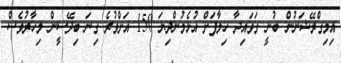
އިމިގްރޭޝަނުން ބުނީ ގަވައިދާ ހިލާފަށް އުޅެމުންދިޔަ 150 އަށްވުރެ ގިނަ ބިދޭސީން މިހާރުވެސް